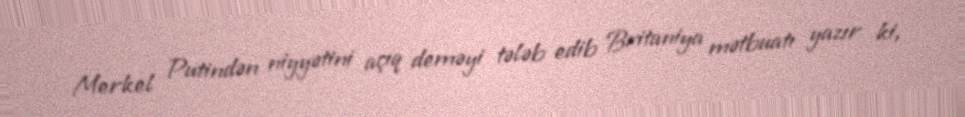
Merkel Putindən niyyətini açıq deməyi tələb edib Britaniya mətbuatı yazır ki,